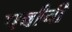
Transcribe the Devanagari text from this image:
पर्वांची